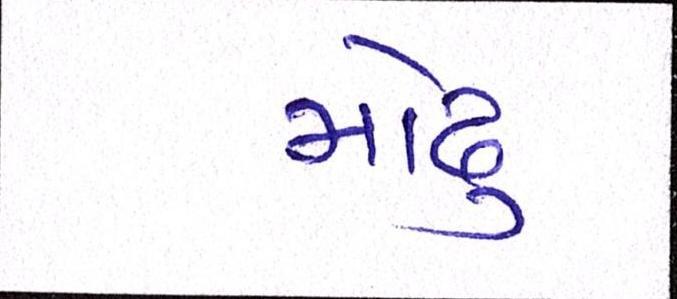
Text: મોઢુ